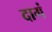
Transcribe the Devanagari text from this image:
दागं